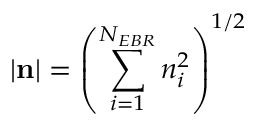
| \mathbf { n } | = \left( \sum _ { i = 1 } ^ { N _ { E B R } } n _ { i } ^ { 2 } \right) ^ { 1 / 2 }